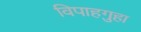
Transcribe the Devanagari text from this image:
विपाहगुहा